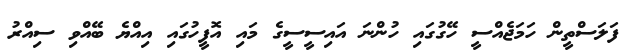
ފަލަސްތީން ހަމަޖެއްސީ ހޭގުގައި ހުންނަ އައިސީސީގެ މައި އޮފީހުގައި އިއްޔެ ބޭއްވި ސިއްރު